Report on vaccination in Madras 1895-1903 - 1895-1903
Year: 1895
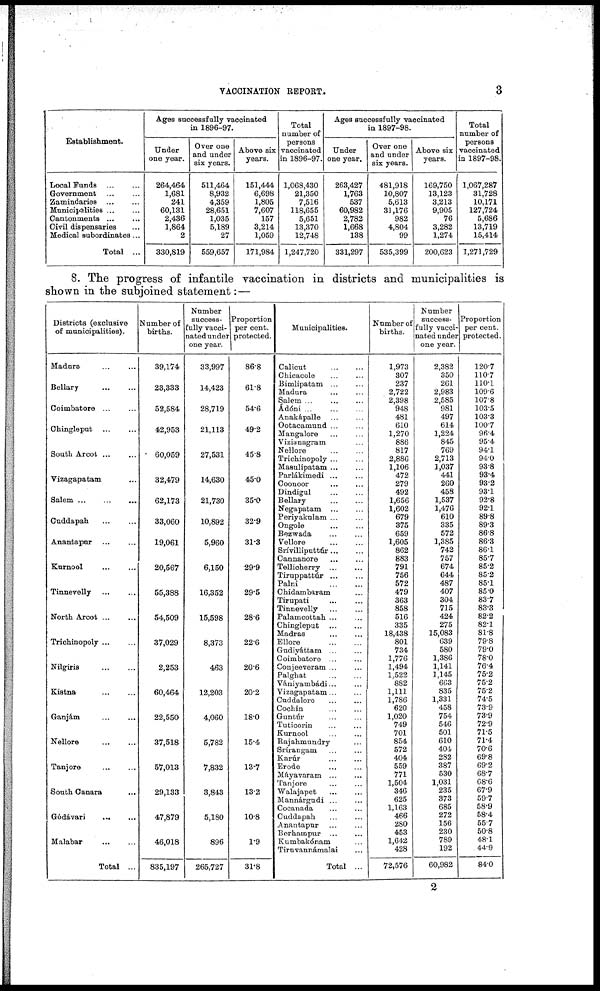
VACCINATION REPORT.
3
Establishment.
Local Funds
...
...
Government ... ...
Zamindaries ... ...
Municipalities ... ...
Cantonments
...
...
Civil dispensaries ...
Medical subordinates ...
Total ...
Ages successfully vaccinated
in 1896-97.
Under
one year.
264,464
1,681
241
60,131
2,436
1,864
2
330,819
Over one
and under
six years.
511,464
8,932
4,359
28,651
1,035
5,189
27
559,657
Above six
years.
151,444
6,698
1,805
7,607
157
3,214
1,059
171,984
Total
number of
persons
vaccinated
in 1896-97.
1,068,430
21,350
7,516
118,655
5,651
13,370
12,748
1,247,720
Ages successfully vaccinated
in 1897-98.
Under
one year.
263,427
1,763
537
60,982
2,782
1,668
138
331,297
Over one
and under
six years.
481,918
10,807
5,613
31,176
982
4,804
99
535,399
Above six
years.
169,750
13,123
3,213
9,905
76
3,282
1,274
200,623
Total
number of
persons
vaccinated
in 1897-98.
1,067,287
31,728
10,171
127,724
5,686
13,719
15,414
1,271,729
8. The progress of infantile vaccination in districts and municipalities is
shown in the subjoined statement:—
Districts (exclusive
of municipalities).
Madura
...
...
Bellary ... ...
Coimbatore
...
...
Chingleput ... ...
South Arcot ... ...
Vizagapatam ...
Salem
...
...
...
Cuddapah ... ...
Anantapur ... ...
Kurnool ... ...
Tinnevelly ... ...
North Arcot
...
...
Trichinopoly ... ...
Nilgiris
...
...
Kistna ... ...
Ganjám ... ...
Nellore
...
...
Tanjore
...
...
South Canara ...
Gódávari
...
...
Malabar ... ...
Total ...
Number of
births.
39,174
23,333
52,584
42,953
60,059
32,479
62,173
33,060
19,061
20,567
55,388
54,509
37,029
2,253
60,464
22,550
37,518
57,013
29,133
47,879
46,018
835,197
Number
success-
fully vacci-
nated under
one year.
33,997
14,423
28,719
21,113
27,531
14,630
21,730
10,892
5,960
6,150
16,352
15,598
8,373
463
12,203
4,060
5,782
7,832
3,843
5,180
896
265,727
Proportion
per cent.
protected.
86.8
61.8
54.6
49.2
45.8
45.0
35.0
32.9
31.3
29.9
29.5
28.6
22.6
20.6
20.2
18.0
15.4
13.7
13.2
10.8
1.9
31.8
Municipalities.
Calicut
...
...
Chicacole
...
...
Bimlipatam ... ...
Madura ... ...
Salem ... ... ...
Ádóni ... ... ...
Anakápalle ... ...
Ootacamund ... ...
Mangalore ... ...
Vizianagram ...
Nellore
...
...
Trichinopoly ... ...
Masulipatam ... ...
Parlákimedi
...
...
Coonoor
...
...
Dindigul
...
...
Bellary
...
...
Negapatam
...
...
Periyakulam ... ...
Ongole
...
...
Bezwada ... ...
Vellore
...
...
Srívilliputtúr ... ...
Cannanore ... ...
Tellicherry ... ...
Tiruppattúr
...
...
Palni
...
...
Chidambaram ...
Tirupati ... ...
Tinnevelly
...
...
Palamcottah ... ...
Chingleput
...
...
Madras
...
...
Ellore
...
...
Gudiyáttam ... ...
Coimbatore ... ...
Conjeeveram ... ...
Palghat
...
...
Vániyambádi ... ...
Vizagapatam ... ...
Cuddalore
...
...
Cochin ... ...
Guntúr ... ...
Tuticorin ... ...
Kurnool ... ...
Rajahmundry ...
Srírangam ... ...
Karúr
...
...
Erode
...
...
Máyavaram ... ...
Tanjore ... ...
Walajapet ... ...
Mannárgudi ... ...
Cocanada ... ...
Cuddapah
...
...
Anantapur ... ...
Berhampur ... ...
Kumbakónam ...
Tiru vannámalai ...
Total ...
Number of
births.
1,973
307
237
2,722
2,398
948
481
610
1,270
886
817
2,886
1,106
472
279
492
1,656
1,602
679
375
659
1,605
862
883
791
756
572
479
363
858
516
335
18,438
801
734
1,776
1,494
1,522
882
1,111
1,786
620
1,020
749
701
854
572
404
559
771
1,504
346
625
1,163
466
280
453
1,642
428
72,576
Number
success-
fully vacci-
nated under
one year.
2,382
350
261
2,983
2,585
981
497
614
1,224
845
769
2,713
1,037
441
260
458
1,537
1,476
610
335
572
1,385
742
757
674
644
487
407
304
715
424
275
15,083
639
580
1,386
1,141
1,145
663
835
1,331
458
754
546
501
610
404
282
387
530
1,031
235
373
685
272
156
230
789
192
60,982
Proportion
per cent.
protected.
120.7
110.7
110.1
109.6
107.8
103.5
103.3
100.7
96.4
95.4
94.1
94.0
93.8
93.4
93.2
93.1
92.8
92.1
89.8
89.3
86.8
86.3
86.1
85.7
85.2
85.2
85.1
85.0
83.7
83.3
82.2
82.1
81.8
79.8
79.0
78.0
76.4
75.2
75.2
75.2
74.5
73.9
73.9
72.9
71.5
71.4
70.6
69.8
69.2
68.7
68.6
67.9
59.7
58.9
58.4
55.7
50.8
48.1
44.9
84.0
2